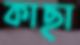
কাছা